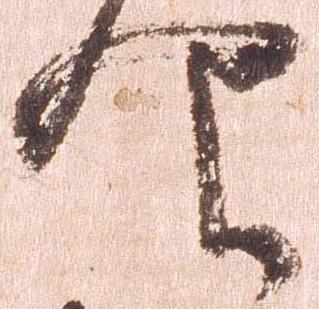
仰